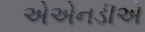
એએનડીએ